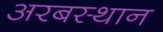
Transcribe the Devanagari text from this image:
अरबस्थान